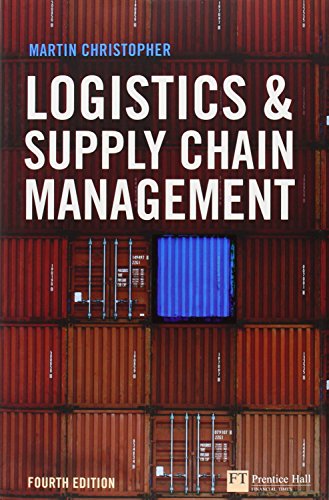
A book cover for Logistics and Supply Chain Management (4th Edition) (Financial Times Series); Martin Christopher; Business & Money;